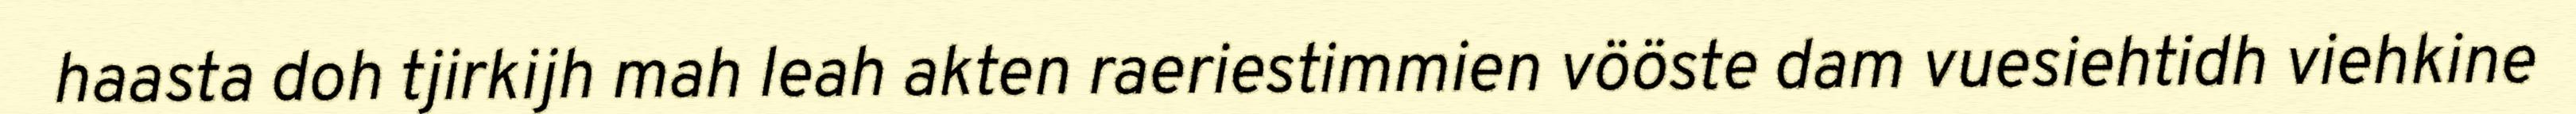
haasta doh tjirkijh mah leah akten raeriestimmien vööste dam vuesiehtidh viehkine